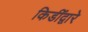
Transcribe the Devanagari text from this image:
किडींद्वारे